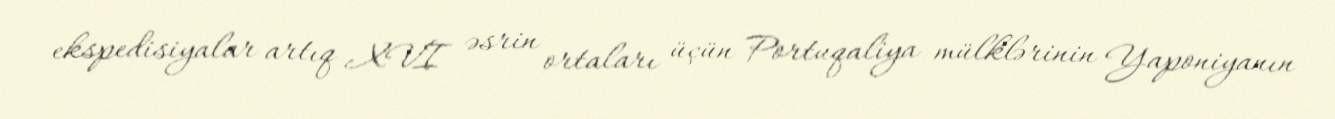
ekspedisiyalar artıq XVI əsrin ortaları üçün Portuqaliya mülklərinin Yaponiyanın